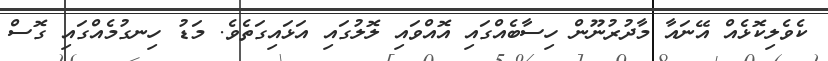
ކެވެލިކޮޅެއް އޭނައާ މާދުރުނޫން ހިސާބެއްގައި އޮއްވައި ލޮލުގައި އަޅައިގަތެވެ. މަޑު ހިނގުމެއްގައި ގޮސް